Annual statistical returns and brief notes on vaccination in Bengal - 1887-1898
Year: 1887
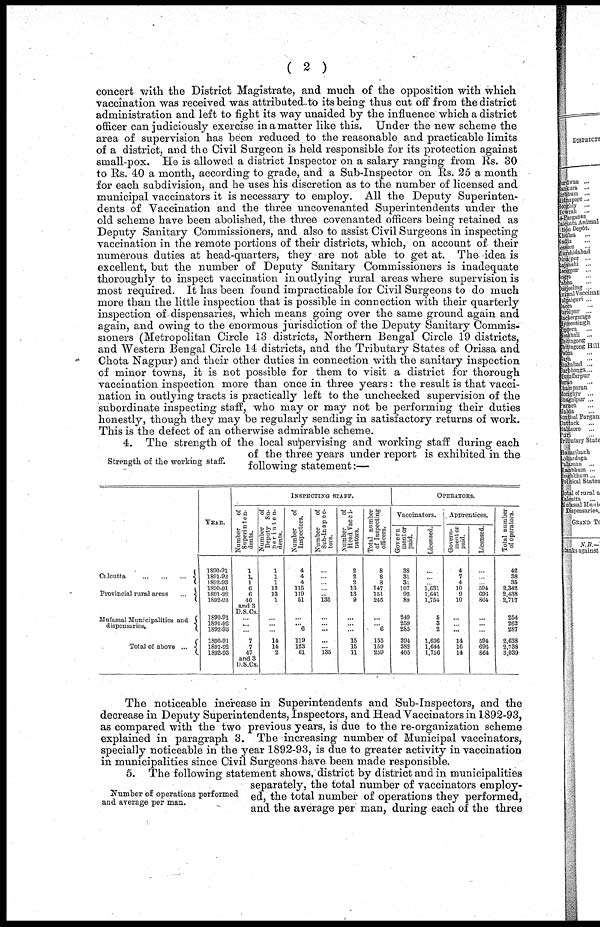
( 2 )
concert with the District Magistrate, and much of the opposition with which
vaccination was received was attributed to its being thus cut off from the district
administration and left to fight its way unaided by the influence which a district
officer can judiciously exercise in a matter like this. Under the new scheme the
area of supervision has been reduced to the reasonable and practicable limits
of a district, and the Civil Surgeon is held responsible for its protection against
small-pox. He is allowed a district Inspector on a salary ranging from Rs. 80
to Rs. 40 a month, according to grade, and a Sub-Inspector on Rs. 25 a month
for each subdivision, and he uses his discretion as to the number of licensed and
municipal vaccinators it is necessary to employ. All the Deputy Superinten-
dents of Vaccination and the three uncovenanted Superintendents under the
old scheme have been abolished, the three covenanted officers being retained as
Deputy Sanitary Commissioners, and also to assist Civil Surgeons in inspecting
vaccination in the remote portions of their districts, which, on account of their
numerous duties at head-quarters, they are not able to get at. The idea is
excellent, but the number of Deputy Sanitary Commissioners is inadequate
thoroughly to inspect vaccination in outlying rural areas where supervision is
most required. It has been found impracticable for Civil Surgeons to do much
more than the little inspection that is possible in connection with their quarterly
inspection of dispensaries, which means going over the same ground again and
again, and owing to the enormous jurisdiction of the Deputy Sanitary Commis-
sioners (Metropolitan Circle 13 districts, Northern Bengal Circle 19 districts,
and Western Bengal Circle 14 districts, and the Tributary States of Orissa and
Chota Nagpur) and their other duties in connection with the sanitary inspection
of minor towns, it is not possible for them to visit a district for thorough
vaccination inspection more than once in three years: the result is that vacci-
nation in outlying tracts is practically left to the unchecked supervision of the
subordinate inspecting staff, who may or may not be performing their duties
honestly, though they may be regularly sending in satisfactory returns of work.
This is the defect of an otherwise admirable scheme.
Strength of the working staff.
4. The strength of the local supervising and working staff during each
of the three years under report is exhibited in the
following statement:—
Calcutta
... ... ...
Provincial rural areas
...
Mufassal Municipalities and
dispensaries.
Total of above ...
YEAR.
1890-91
1891-92
1892-93
1890-91
1891-92
1892-93
1890-91
1891-92
1892-93
1890-91
1891-92
1892-93
INSPECTING STAFF.
Number of
Superinten-
dents.
1
1
1
6
6
46
and 3
D.S.Cs.
...
...
...
7
7
47
and 3
D.S.Cs.
Number
of
Deputy Su¬
perinten¬
dents.
1
1
1
13
13
1
...
...
...
14
14
2
Number of
Inspectors.
4
4
4
115
119
51
...
... 6
119
123
61
Number of
Sub-Inspec-
tors.
...
...
...
...
...
135
...
...
...
...
...
135
Number of
Head Vacci-
nators.
2
2
2
13
13
9
...
...
...
15
15
11
Total number
of Inspecting
officers.
8
8
8
147
151
245
...
...
6
155
159
259
OPERATORS.
Vaccinators.
Govern¬
ment or
paid.
38
31
31
107
92
89
249
259
285
394
382
405
Licensed.
...
...
...
1,631
1,641
1,754
5
3
2
1,636
1,644
1,756
Apprentices.
Govern-
ment or
paid.
4
7
4
10
9
10
...
...
...
14
16
14
Licensed.
...
...
...
594
696
864
...
...
...
594
696
864
Total number
of operators.
42
38
35
2,342
2,438
2,717
254
262
287
2,638
2,738
3,039
The noticeable increase in Superintendents and Sub-Inspectors, and the
decrease in Deputy Superintendents, Inspectors, and Head Vaccinators in 1892-93,
as compared with the two previous years, is due to the re-organization scheme
explained in paragraph 3. The increasing number of Municipal vaccinators,
specially noticeable in the year 1892-93, is due to greater activity in vaccination
in municipalities since Civil Surgeons have been made responsible.
Number of operations performed
and average per man.
5. The following statement shows, district by district and in municipalities
separately, the total number of vaccinators employ-
ed, the total number of operations they performed,
and the average per man, during each of the three